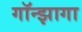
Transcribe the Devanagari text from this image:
गॉन्झागा